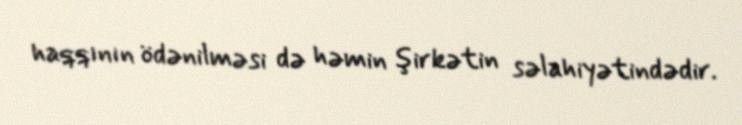
haqqının ödənilməsi də həmin şirkətin səlahiyətindədir.